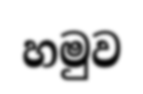
හමුව